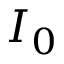
I _ { 0 }